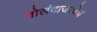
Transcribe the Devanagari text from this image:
गोलंदाजाचेच